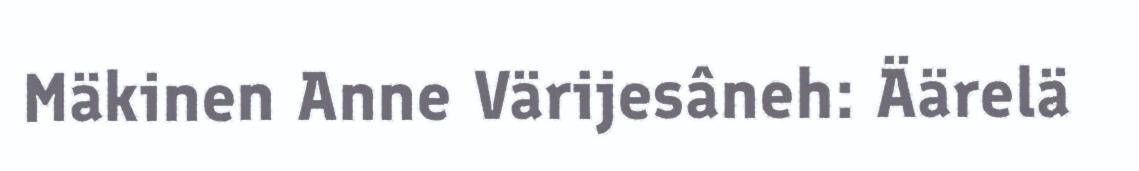
Mäkinen Anne Värijesâneh: Äärelä